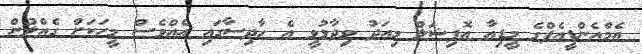
އެމްއެންޑީއެފްގެ މީޑިއާ އޮފިޝަލް މިއަދު ވިދާޅުވީ އެ ހާދިސާގައި އެއްވެސް މީހަކަށް ގެއްލުން